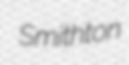
Smithton